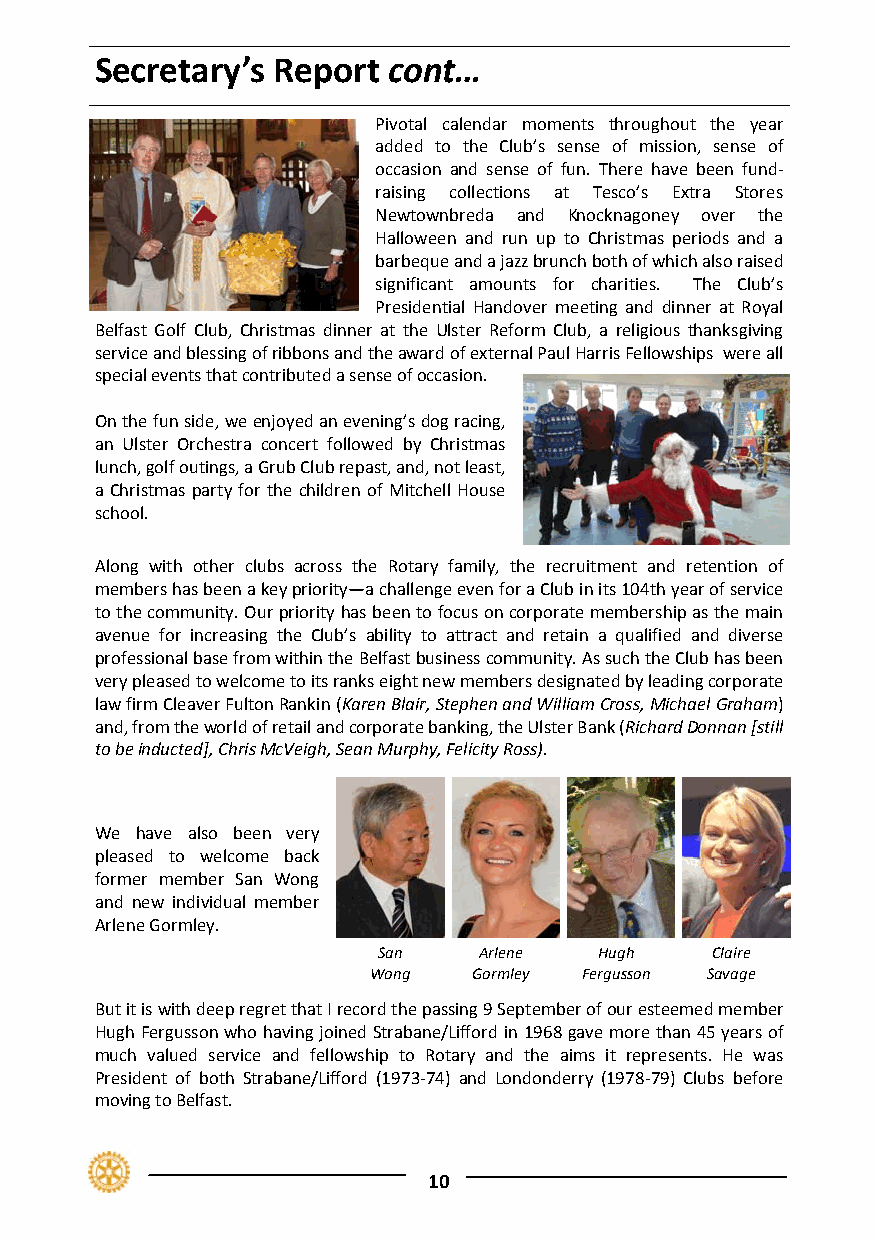
Secretary’s Report  cont…
 Pivotal calendar moments throughout the year
 added to the Club’s sense of mission, sense of
 occasion and sense of fun. There have been fund‐
 raising collections at Tesco’s Extra Stores
 Newtownbreda and Knocknagoney over the
 Halloween and run up to Christmas periods and a
 barbeque and a jazz brunch both of which also raised
 significant amounts for charities. The Club’s
 Presidential Handover meeting and dinner at Royal
 Belfast Golf Club, Christmas dinner at the Ulster Reform Club, a religious thanksgiving
 service and blessing of ribbons and the award of external Paul Harris Fellowships were all
 special events that contributed a sense of occasion.
 On the fun side, we enjoyed an evening’s dog racing,
 an Ulster Orchestra concert followed by Christmas
 lunch, golf outings, a Grub Club repast, and, not least,
 a Christmas party for the children of Mitchell House
 school.
 Along with other clubs across the Rotary family, the recruitment and retention of
 members has been a key priority—a challenge even for a Club in its 104th year of service
 to the community. Our priority has been to focus on corporate membership as the main
 avenue for increasing the Club’s ability to attract and retain a qualified and diverse
 professional base from within the Belfast business community. As such the Club has been
 very pleased to welcome to its ranks eight new members designated by leading corporate
 law firm Cleaver Fulton Rankin (Karen Blair, Stephen and William Cross, Michael Graham)
 and, from the world of retail and corporate banking, the Ulster Bank (Richard Donnan [still
 to be inducted], Chris McVeigh, Sean Murphy, Felicity Ross).
 We have also been very
 pleased to welcome back
 former member San Wong
 and new individual member
 Arlene Gormley.
 San    Arlene  Hugh   Claire
 Wong   Gormley Fergusson Savage
 But it is with deep regret that I record the passing 9 September of our esteemed member
 Hugh Fergusson who having joined Strabane/Lifford in 1968 gave more than 45 years of
 much valued service and fellowship to Rotary and the aims it represents. He was
 President of both Strabane/Lifford (1973‐74) and Londonderry (1978‐79) Clubs before
 moving to Belfast.
 10